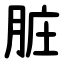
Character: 脏